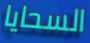
السحايا